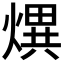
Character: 熼